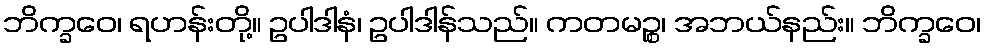
ဘိက္ခဝေ၊ ရဟန်းတို့။ ဥပါဒါနံ၊ ဥပါဒါန်သည်။ ကတမဉ္စ၊ အဘယ်နည်း။ ဘိက္ခဝေ၊